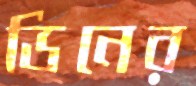
ডিনের